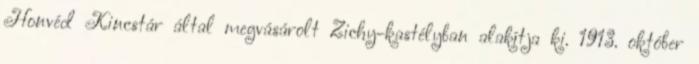
Honvéd Kincstár által megvásárolt Zichy-kastélyban alakítja ki. 1913. október